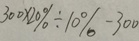
3 0 0 \times 2 0 \% \div 1 0 \% - 3 0 0